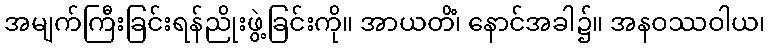
အမျက်ကြီးခြင်းရန်ညိုးဖွဲ့ခြင်းကို။ အာယတိံ၊ နောင်အခါ၌။ အနဝဿဝါယ၊